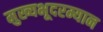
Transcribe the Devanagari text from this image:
मुख्यभूदरम्यान